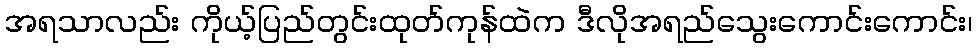
အရသာလည်း ကိုယ့်ပြည်တွင်းထုတ်ကုန်ထဲက ဒီလိုအရည်သွေးကောင်းကောင်း၊